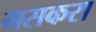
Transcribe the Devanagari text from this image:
मसकरा